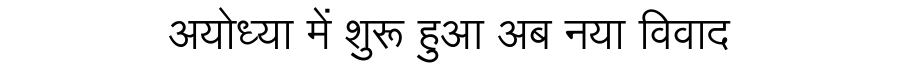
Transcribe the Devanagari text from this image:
अयोध्या में शुरू हुआ अब नया विवाद